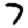
Digit: 7